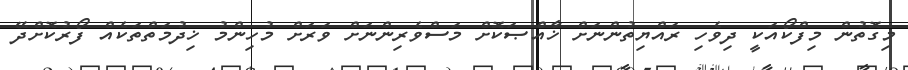
މިގޮތުން މިފްކޯއަކީ ދިވެހި ރައްޔިތުންނަށް ޚާއްޞަކޮށް މަސްވެރިންނަށް ވަރަށް މުހިންމު ޚިދުމަތްތަކެއް ފޯރުކޮށްދޭ